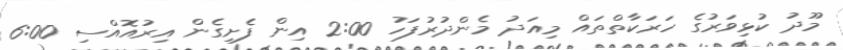
މޫދު ކުޅިވަރުގެ ހަރަކާތްތައް މިއަދު މެންދުރުފަހު 2:00 އިން ފެށިގެން އިރުއޮއްސި 6:00